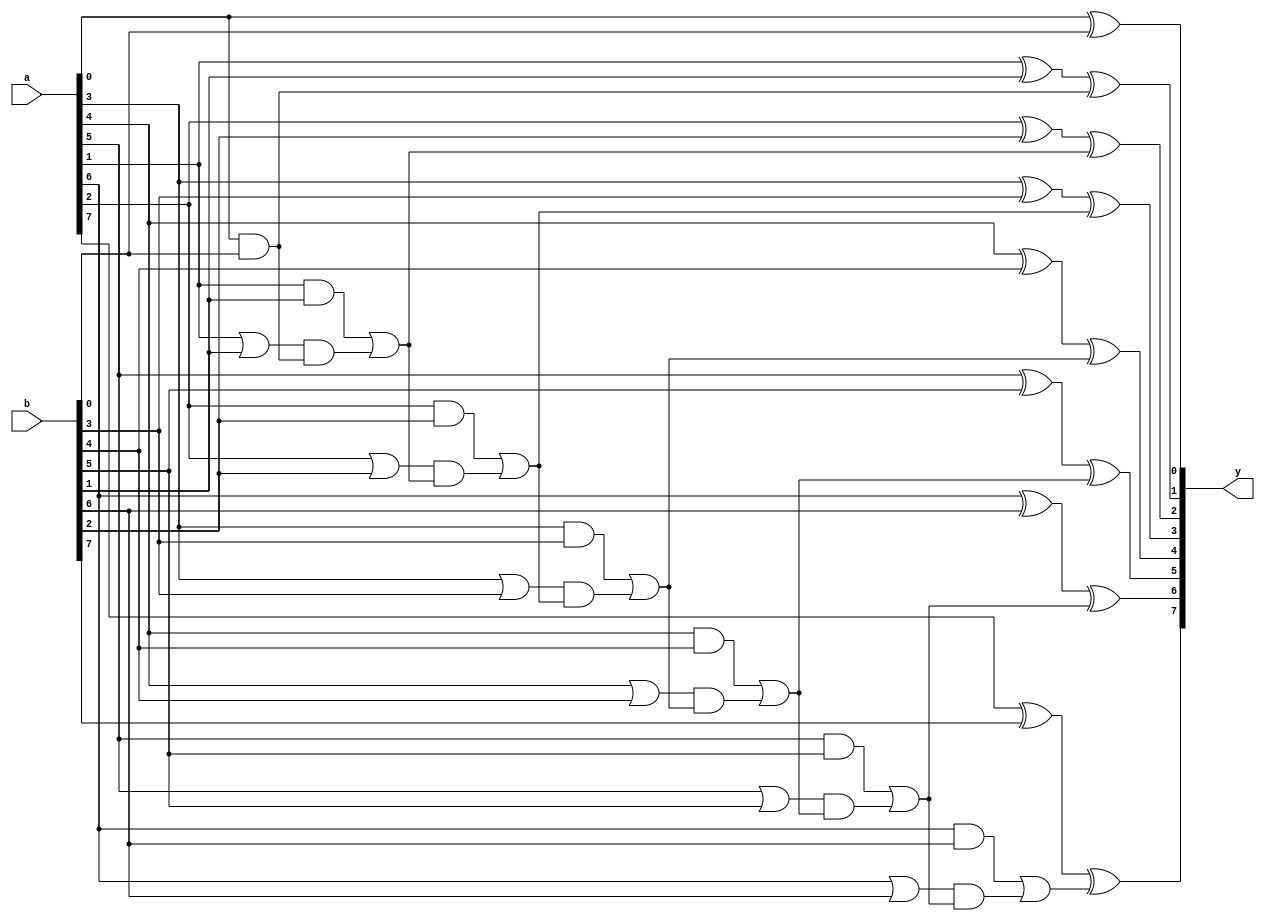
module carryadd(a, b, y);

parameter WIDTH = 8;

input [WIDTH-1:0] a, b;
output [WIDTH-1:0] y;

genvar i;
generate
	for (i = 0; i < WIDTH; i = i+1) begin:STAGE
		wire IN1 = a[i], IN2 = b[i];
		wire C, Y;
		if (i == 0)
			assign C = IN1 & IN2, Y = IN1 ^ IN2;
		else
			assign C = (IN1 & IN2) | ((IN1 | IN2) & STAGE[i-1].C),
			       Y = IN1 ^ IN2 ^ STAGE[i-1].C;
		assign y[i] = Y;
	end
endgenerate

// assert property (y == a + b);

endmodule